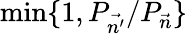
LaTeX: \mathrm{min}\{ 1,P_{\vec{n^{\prime}}}/P_{\vec{n}}\}